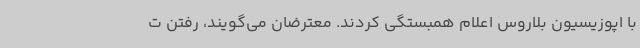
با اپوزیسیون بلاروس اعلام همبستگی کردند. معترضان می‌گویند، رفتن ت